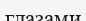
глазами